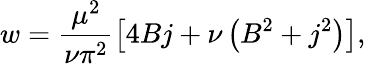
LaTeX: w=\frac{\mu^{2}}{\nu\pi^{2}}\left[4Bj+\nu\left(B^{2}+j^{2}\right)\right],